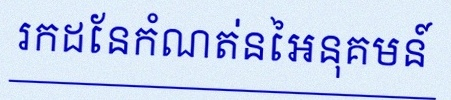
រកដែនកំណត់នៃអនុគមន៍